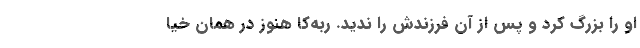
او را بزرگ کرد و پس از آن فرزندش را ندید. ربه‌کا هنوز در همان خیا